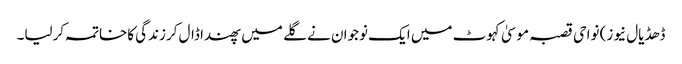
ڈھڈیال نیوز) نواحی قصبہ موسیٰ کہوٹ میں ایک نوجوان نے گلے میں پھندا ڈال کرزندگی کاخاتمہ کرلیا۔